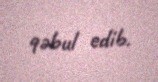
qəbul edib.